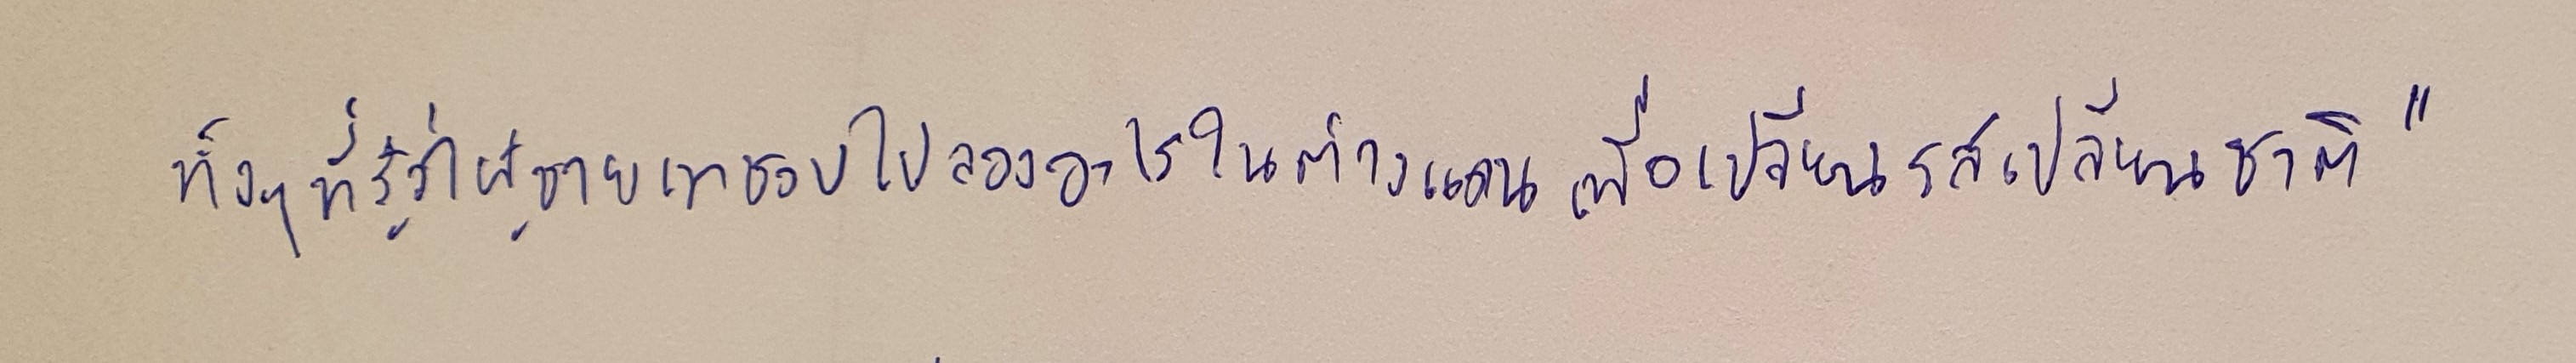
ทั้งๆ ที่รู้ว่าผู้ชายเขาชอบไปลองอะไรในต่างแดนเพื่อเปลี่ยนรสเปลี่ยนชาติ"